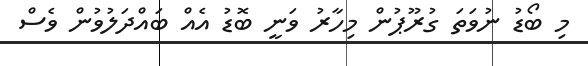
މި ބޯޑު ނުވަތަ ގުރޫޕުން މިހާރު ވަނީ ބޮޑު އެއް ބައްދަލުވުން ވެސް